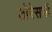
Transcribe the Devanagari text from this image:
तोरेसची